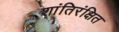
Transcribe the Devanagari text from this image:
शांतिरंक्षित